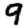
Digit: 9